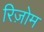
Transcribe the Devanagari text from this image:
रिज़ोम